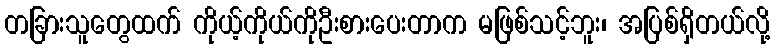
တခြားသူတွေထက် ကိုယ့်ကိုယ်ကိုဦးစားပေးတာက မဖြစ်သင့်ဘူး၊ အပြစ်ရှိတယ်လို့